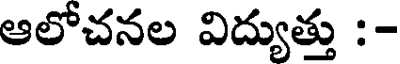
ఆలోచనల విద్యుత్తు :-